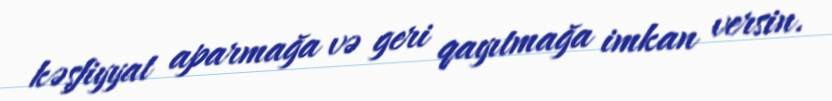
kəşfiyyat aparmağa və geri qayıtmağa imkan versin.